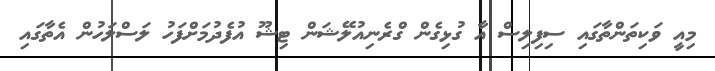
މިއީ ވަކިތަންތާގައި ސިފިލިސް އާ ގުޅިގެން ގްރެނިއުލޭޝަން ޓިޝޫ އުފެދުމަށްފަހު ލަސްލަހުން އެތާގައި